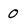
Character: 0